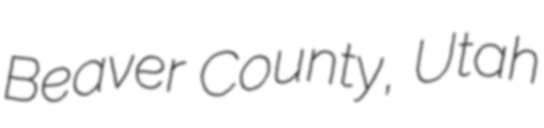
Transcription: Beaver County, Utah